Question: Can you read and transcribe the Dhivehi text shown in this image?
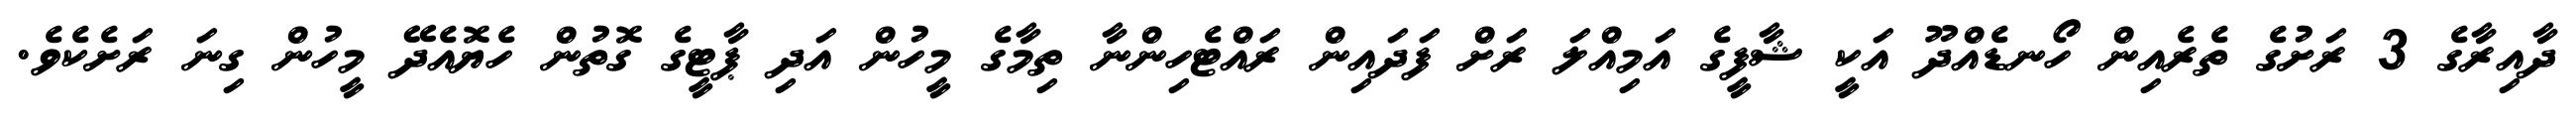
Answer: ދާއިރާގެ 3 ރަށުގެ ތެރެއިން ހޯނޑެއްދޫ އަކީ ޝާފީގެ އަމިއްލަ ރަށް ފަދައިން ރައްޓެހިންނާ ތިމާގެ މީހުން އަދި ޕާޓީގެ ގޮތުން ހެޔޮއެދޭ މީހުން ގިނަ ރަށެކެވެ.